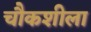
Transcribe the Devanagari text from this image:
चौकशीला